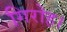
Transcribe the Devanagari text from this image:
गिरोह।